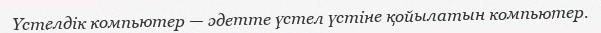
Үстелдік компьютер — әдетте үстел үстіне қойылатын компьютер.